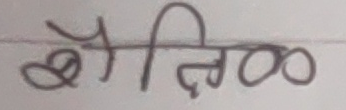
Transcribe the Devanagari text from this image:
बौद्धिक